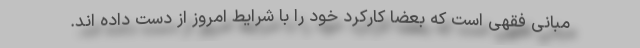
مبانی فقهی است که بعضا کارکرد خود را با شرایط امروز از دست داده اند.